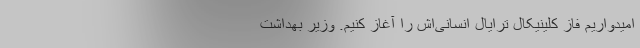
امیدواریم فاز کلینیکال ترایال انسانی‌اش را آغاز کنیم. وزیر بهداشت